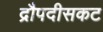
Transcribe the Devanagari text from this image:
द्रौपदीसकट